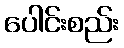
ပေါင်းစည်း